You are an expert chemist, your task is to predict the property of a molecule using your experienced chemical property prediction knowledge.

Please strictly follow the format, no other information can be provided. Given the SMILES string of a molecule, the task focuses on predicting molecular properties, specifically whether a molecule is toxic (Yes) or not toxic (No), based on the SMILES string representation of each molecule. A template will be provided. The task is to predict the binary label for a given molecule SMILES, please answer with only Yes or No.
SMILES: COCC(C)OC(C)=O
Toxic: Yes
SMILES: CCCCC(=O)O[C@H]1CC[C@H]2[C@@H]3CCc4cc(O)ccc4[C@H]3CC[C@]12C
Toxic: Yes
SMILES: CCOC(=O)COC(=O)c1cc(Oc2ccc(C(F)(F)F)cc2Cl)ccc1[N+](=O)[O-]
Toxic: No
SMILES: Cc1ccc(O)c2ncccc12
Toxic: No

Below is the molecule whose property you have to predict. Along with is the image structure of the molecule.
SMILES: CCCC[Sn](CCCC)(CCCC)O[Sn](CCCC)(CCCC)CCCC
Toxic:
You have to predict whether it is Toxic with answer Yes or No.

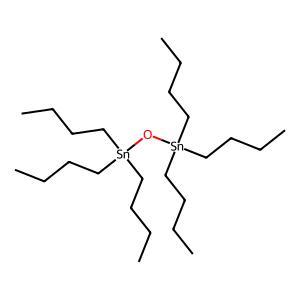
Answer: No